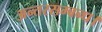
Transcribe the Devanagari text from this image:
अन्तरसम्बन्ध।